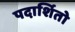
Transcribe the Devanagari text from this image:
पदार्शितो